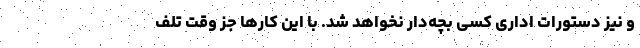
و نیز دستورات اداری کسی بچه‌دار نخواهد شد. با این کارها جز وقت تلف